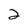
Character: 2